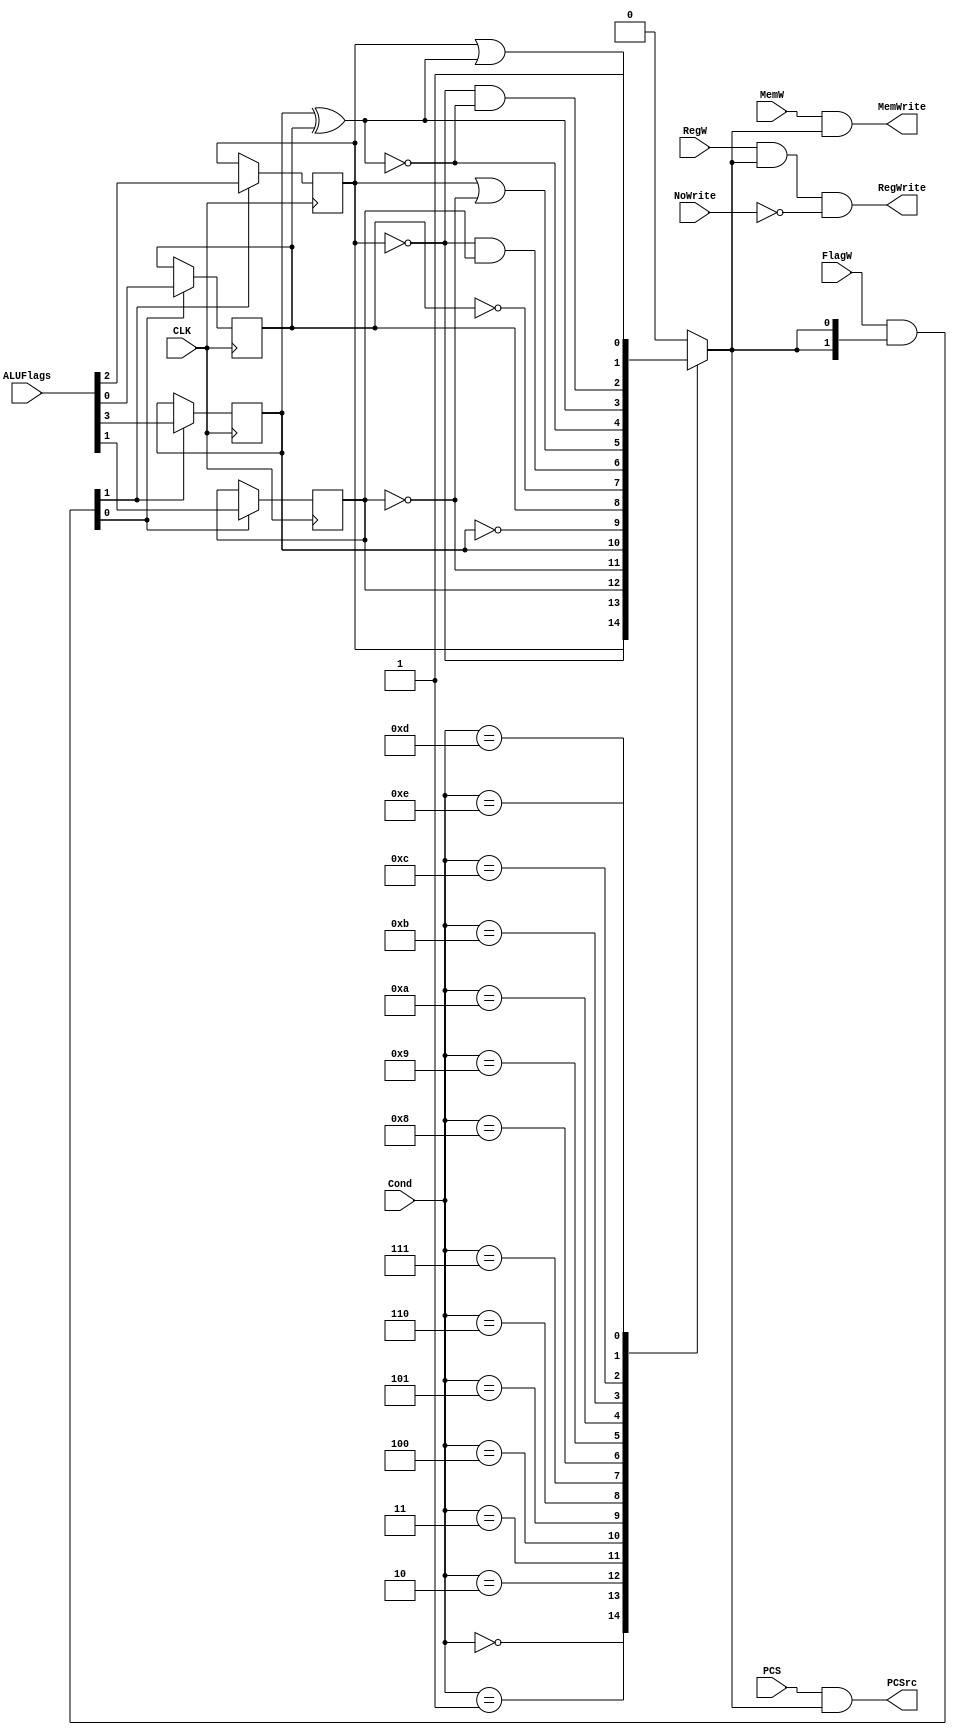
module CondLogic(
    input CLK,
    input PCS,
    input RegW,
    input MemW,
    input NoWrite,
    input [1:0] FlagW,
    input [3:0] Cond,
    input [3:0] ALUFlags,
    
    output PCSrc,
    output RegWrite,
    output MemWrite
    ); 
    
    reg CondEx ;
    reg N = 0, Z = 0, C = 0, V = 0 ;
    wire [1:0] FlagWrite;
    
    assign PCSrc = PCS & CondEx;
    assign RegWrite = RegW & CondEx & !NoWrite;
    assign MemWrite = MemW & CondEx;
    assign FlagWrite = FlagW & {(2){CondEx}};
    
    always@(posedge CLK) begin
        if(FlagWrite[1] == 1) begin
            N <= ALUFlags[3]; 
            Z <= ALUFlags[2]; 
        end
        if(FlagWrite[0] == 1) begin
            C <= ALUFlags[1];
            V <= ALUFlags[0];
        end
    end
    
    always@(*) begin
        case(Cond)
            4'b0000:
                begin
                    CondEx = Z;
                end
            4'b0001:
                begin
                    CondEx = ~Z;
                end
            4'b0010:
                begin
                    CondEx = C;
                end
            4'b0011:
                begin
                    CondEx = ~C;
                end
            4'b0100:
                begin
                    CondEx = N;
                end
            4'b0101:
                begin
                    CondEx = ~N;
                end
            4'b0110:
                begin
                    CondEx = V;
                end
            4'b0111:
                begin
                    CondEx =~V;           
                end
            4'b1000:
                begin
                    CondEx = ~Z & C;
                end
            4'b1001:
                begin
                    CondEx = Z | ~C;
                end
            4'b1010:
                begin
                    CondEx = ~(N ^ V);
                end
            4'b1011:
                begin
                    CondEx = N ^ V;
                end
            4'b1100:
                begin
                    CondEx =~Z & ~(N ^V);
                end
            4'b1101:
                begin
                   CondEx = Z | ( N ^ V);
                end
            4'b1110:
                begin
                   CondEx = 1'b1;
                end
            default:
                begin
                    CondEx =1'b0;
                end
        endcase
    end
           
endmodule